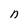
Character: n